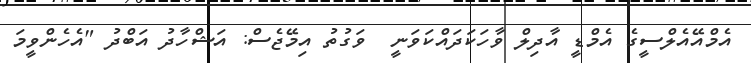
އެމްއޭއެލްސީގެ އެމްޑީ އާދިލް ވާހަކަދައްކަވަނީ  ވަގުތު އިމޭޖެސް: އަޝްހާދު އަބްދު "އެހެންވީމަ